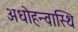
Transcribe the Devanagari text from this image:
अधोहन्वास्थि